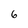
Character: 6